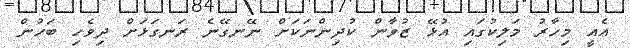
އެއީ މިހާރު މަލިކުގައި އުޅޭ ޒުވާން ކުދިންނަކަށް ނޭނގޭނެ ރަނގަޅަށް ދިވެހި ބަހުން